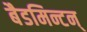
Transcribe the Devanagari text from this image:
बैडमिन्टन्